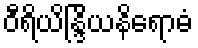
ဝီရိယိန္ဒြိယနိရောဓံ